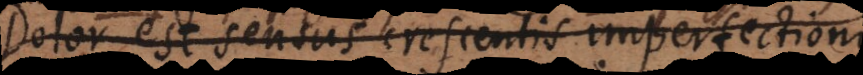
s est sensus crescentis perfecti